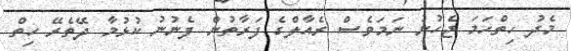
މެދު ހިތްހަމަ ޖެހުނު ނަމަވެސް ރެއާލްގެ ފަރާތުން ފެނުނު ކުޅުމާ ދޭތެރޭ ހިތް